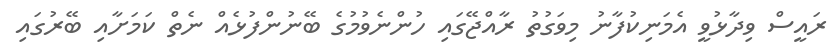
ރައީސް ވިދާޅުވީ އެމަނިކުފާނު މިވަގުތު ރާއްޖޭގައި ހުންނެވުމުގެ ބޭނުންފުޅެއް ނެތް ކަމަށާއި ބޭރުގައި